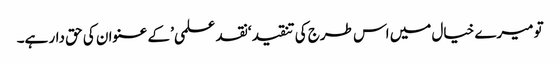
تو میرے خیال میں اس طرج کی تنقید ‘نقد علمی’ کے عنوان کی حق دار ہے۔